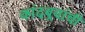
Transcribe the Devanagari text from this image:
कांदबर्‍यांची